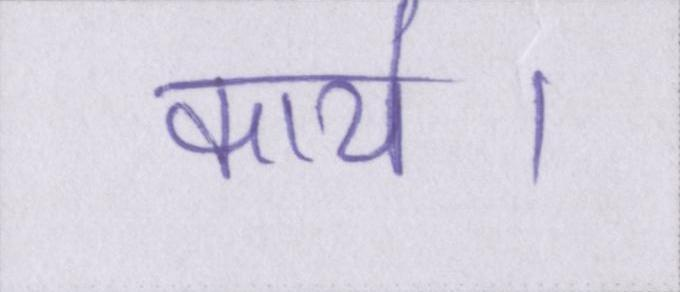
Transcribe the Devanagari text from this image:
कार्य।